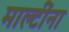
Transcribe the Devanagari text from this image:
माल्टींना